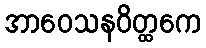
အာဝေသနဝိတ္ထကေ